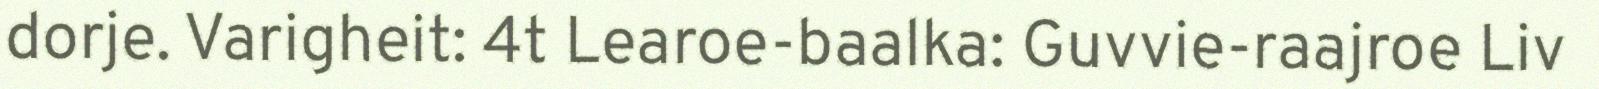
dorje. Varigheit: 4t Learoe-baalka: Guvvie-raajroe Liv